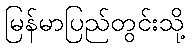
မြန်မာပြည်တွင်းသို့